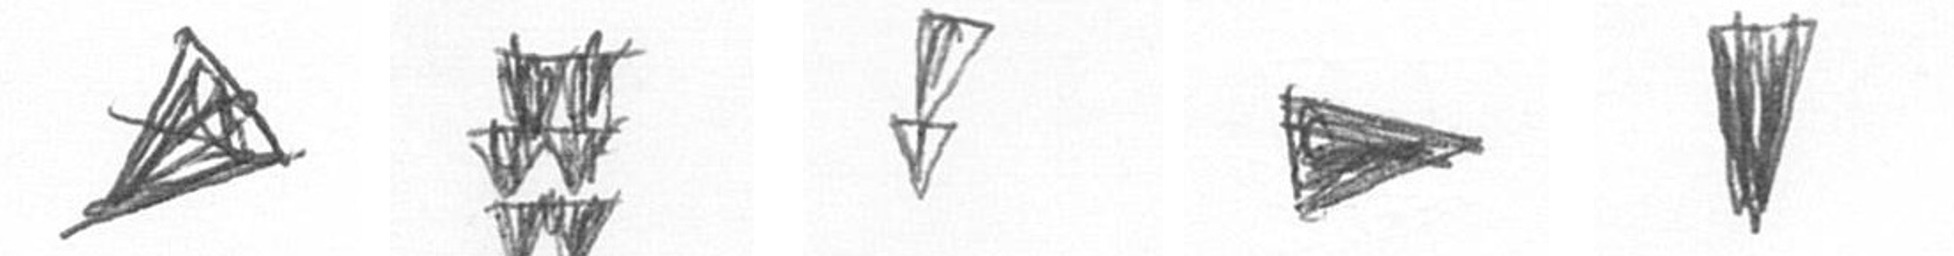
O Y Z T J